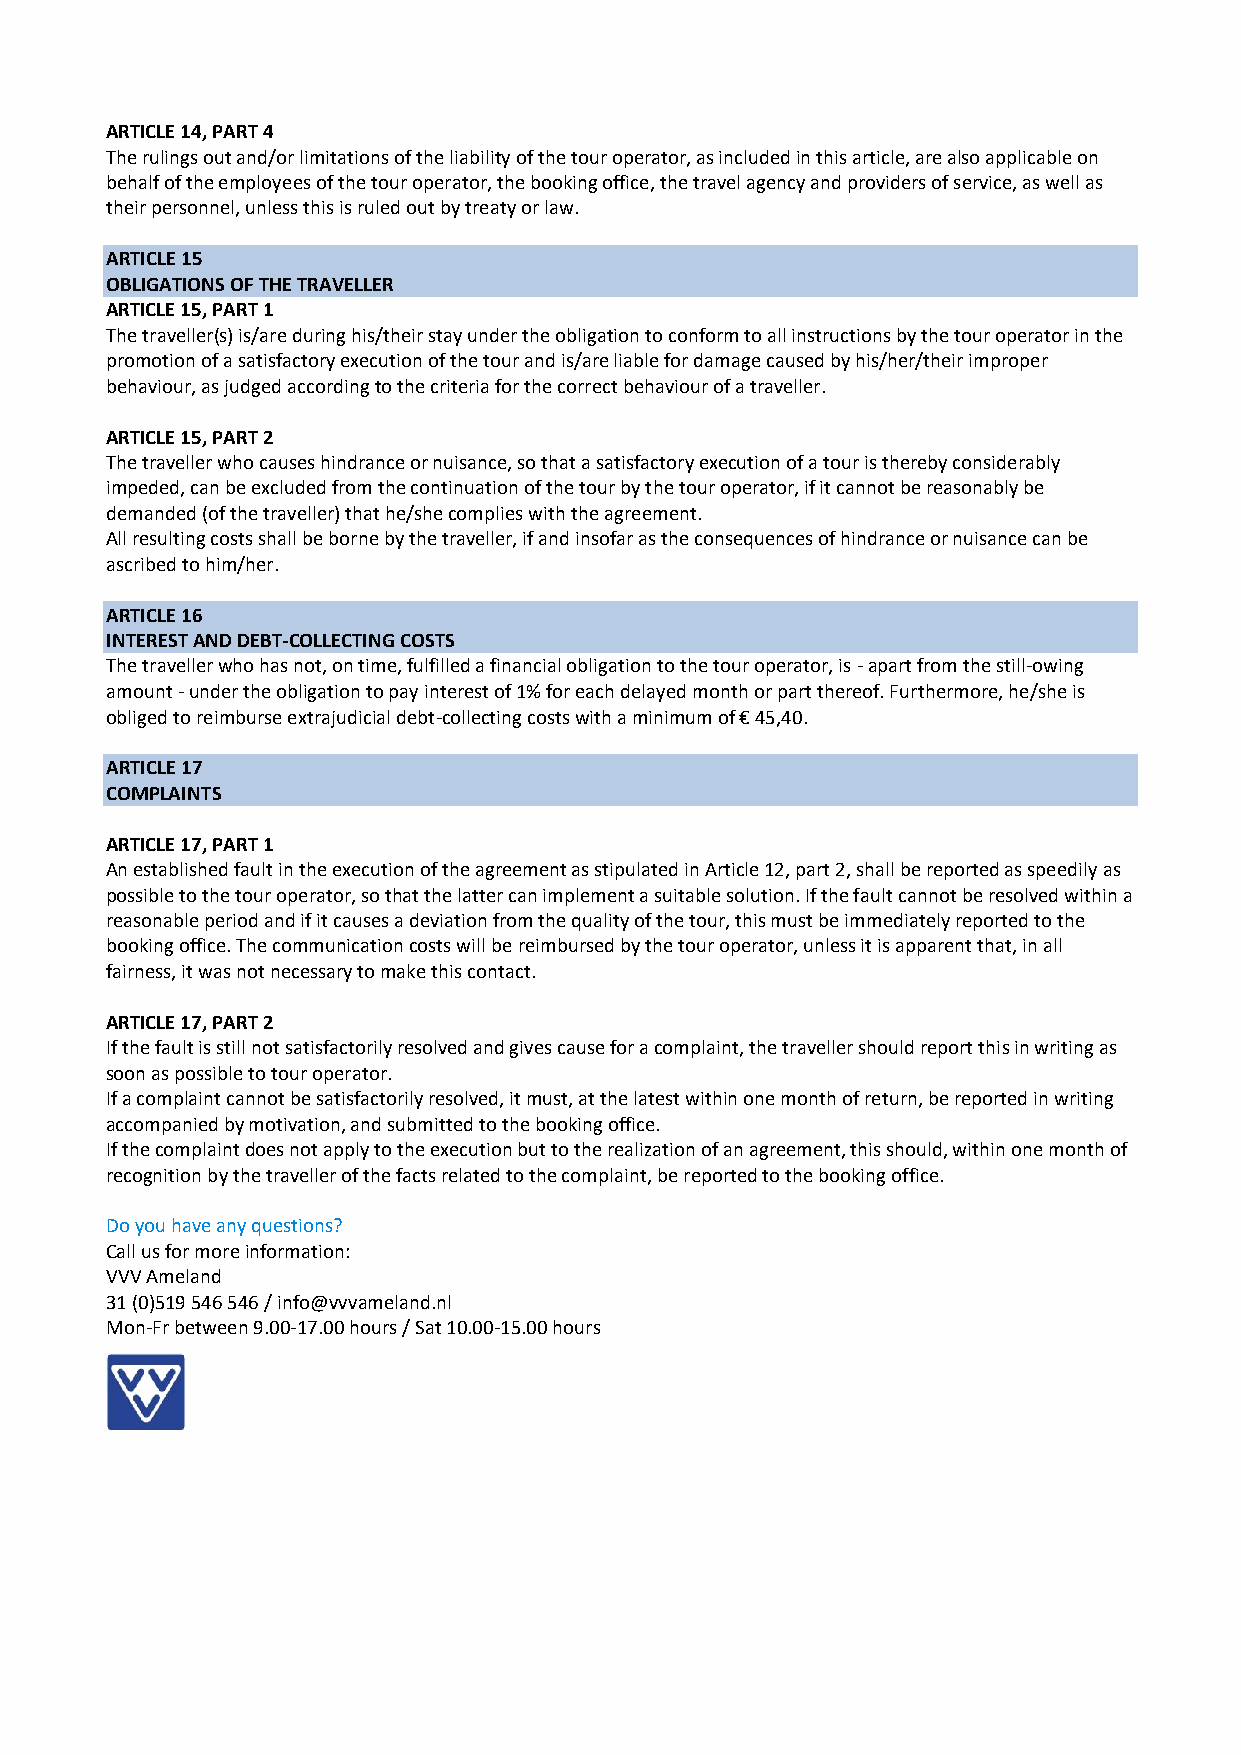
ARTICLE 14, PART 4
 The rulings out and/or limitations of the liability of the tour operator, as included in this article, are also applicable on
 behalf of the employees of the tour operator, the booking office, the travel agency and providers of service, as well as
 their personnel, unless this is ruled out by treaty or law.
 ARTICLE 15
 OBLIGATIONS OF THE TRAVELLER
 ARTICLE 15, PART 1
 The traveller(s) is/are during his/their stay under the obligation to conform to all instructions by the tour operator in the
 promotion of a satisfactory execution of the tour and is/are liable for damage caused by his/her/their improper
 behaviour, as judged according to the criteria for the correct behaviour of a traveller.
 ARTICLE 15, PART 2
 The traveller who causes hindrance or nuisance, so that a satisfactory execution of a tour is thereby considerably
 impeded, can be excluded from the continuation of the tour by the tour operator, if it cannot be reasonably be
 demanded (of the traveller) that he/she complies with the agreement.
 All resulting costs shall be borne by the traveller, if and insofar as the consequences of hindrance or nuisance can be
 ascribed to him/her.
 ARTICLE 16
 INTEREST AND DEBT-COLLECTING COSTS
 The traveller who has not, on time, fulfilled a financial obligation to the tour operator, is - apart from the still-owing
 amount - under the obligation to pay interest of 1% for each delayed month or part thereof. Furthermore, he/she is
 obliged to reimburse extrajudicial debt-collecting costs with a minimum of € 45,40.
 ARTICLE 17
 COMPLAINTS
 ARTICLE 17, PART 1
 An established fault in the execution of the agreement as stipulated in Article 12, part 2, shall be reported as speedily as
 possible to the tour operator, so that the latter can implement a suitable solution. If the fault cannot be resolved within a
 reasonable period and if it causes a deviation from the quality of the tour, this must be immediately reported to the
 booking office. The communication costs will be reimbursed by the tour operator, unless it is apparent that, in all
 fairness, it was not necessary to make this contact.
 ARTICLE 17, PART 2
 If the fault is still not satisfactorily resolved and gives cause for a complaint, the traveller should report this in writing as
 soon as possible to tour operator.
 If a complaint cannot be satisfactorily resolved, it must, at the latest within one month of return, be reported in writing
 accompanied by motivation, and submitted to the booking office.
 If the complaint does not apply to the execution but to the realization of an agreement, this should, within one month of
 recognition by the traveller of the facts related to the complaint, be reported to the booking office.
 Do you have any questions?
 Call us for more information:
 VVV Ameland
 31 (0)519 546 546 / info@vvvameland.nl
 Mon-Fr between 9.00-17.00 hours / Sat 10.00-15.00 hours